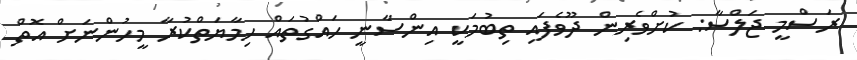
ރަސްމީ ޖަލްސާ: ކުށްވެރިން ދޫވެފައި ތިބުމަކީ އިންސާނީ ހައްގުތައް ހިމާޔަތްކުރާ މީހުންނަށް އޮތް